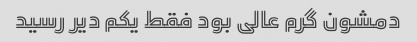
دمشون گرم عالی بود فقط یکم دیر رسید